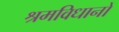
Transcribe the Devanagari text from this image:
श्रमविधानों